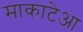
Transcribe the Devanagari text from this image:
माकाटेआ